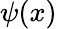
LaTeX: \psi(x)